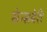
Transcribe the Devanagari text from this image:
सेन्सबेरी